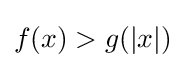
f(x)>g(|x|)